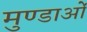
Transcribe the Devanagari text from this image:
मुण्डाओं